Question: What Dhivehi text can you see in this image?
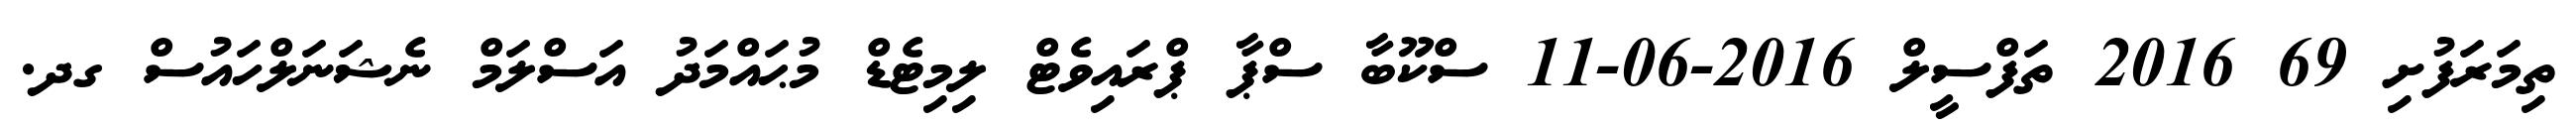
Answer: ތިމަރަފުށި 69 2016 ތަފްސީލް 2016-06-11 ސްކޫބާ ސްޕާ ޕްރައިވެޓް ލިމިޓެޑް މުޙައްމަދު އަސްލަމް ނެޝަނަލްހައުސް ގދ.